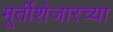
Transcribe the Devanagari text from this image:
मूर्तीशेजारच्या